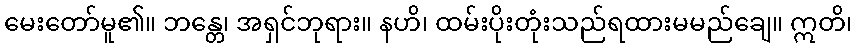
မေးတော်မူ၏။ ဘန္တေ၊ အရှင်ဘုရား။ နဟိ၊ ထမ်းပိုးတုံးသည်ရထားမမည်ချေ။ ဣတိ၊